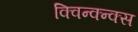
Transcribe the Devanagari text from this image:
क्विन्क्न्क्स